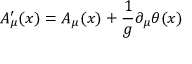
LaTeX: A _ { \mu } ^ { \prime } ( x ) = A _ { \mu } ( x ) + { \frac { 1 } { g } } \partial _ { \mu } \theta ( x )